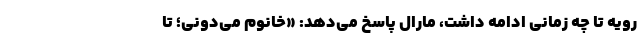
رویه تا چه زمانی ادامه داشت، مارال پاسخ می‌دهد: «خانوم می‌دونی؛ تا